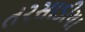
તરસાડીયા